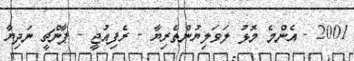
2001 - އެންމެ މޮޅު ލަވަލިޔުންތެރިޔާ - ރެފިއުޖީ - ޕާންޗީ ނަދިޔާ